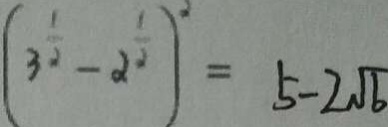
( 3 ^ { \frac { 1 } { 2 } - \alpha ^ { 1 } } ) ^ { 2 } = 5 - 2 \sqrt { 6 }